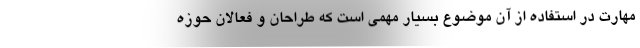
مهارت در استفاده از آن موضوع بسیار مهمی است که طراحان و فعالان حوزه